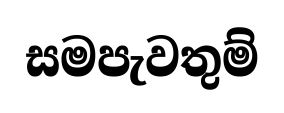
සමපැවතුම්